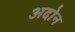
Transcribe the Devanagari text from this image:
अदोन